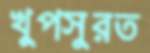
খুপসুরত